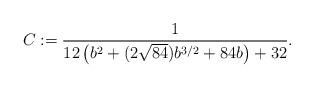
LaTeX: \begin{align*} C := \frac{1}{12 \left(b^2 + (2 \sqrt{84}) b^{3/2} + 84 b \right) + 32}. \end{align*}